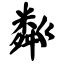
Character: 粼